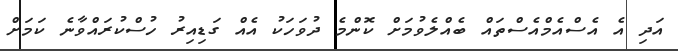
އަދި އެ އެސްއެމްއެސްތައް ބެއްލެވުމަށް ކޮންމެ ދުވަހަކު އެއް ގަޑިއިރު ހުސްކުރައްވާނެ ކަމަށް